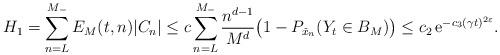
LaTeX: \begin{align*}H_1=\sum_{n=L}^{M_-} E_M(t,n)|C_n|& \leq c \sum_{n=L}^{M_-}\frac{n^{d-1}}{M^d}\big(1-P_{\check x_n}(Y_t\in B_M)\big)\leq c_2\,{\rm e}^{-c_3 (\gamma t)^{2\varepsilon}}.\end{align*}